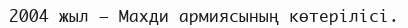
2004 жыл — Махди армиясының көтерілісі.